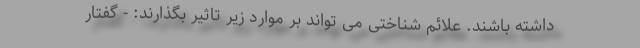
داشته باشند. علائم شناختی می تواند بر موارد زیر تاثیر بگذارند: - گفتار